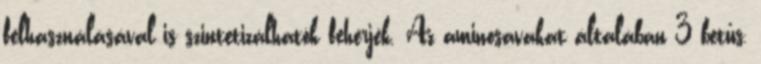
felhasználásával is szintetizálhatók fehérjék. Az aminosavakat általában 3 betűs,